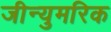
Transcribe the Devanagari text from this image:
जीन्युमरिक